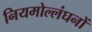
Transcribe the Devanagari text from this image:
नियमोल्लंघनों